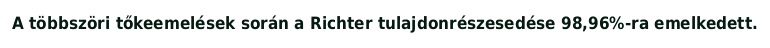
A többszöri tőkeemelések során a Richter tulajdonrészesedése 98,96%-ra emelkedett.